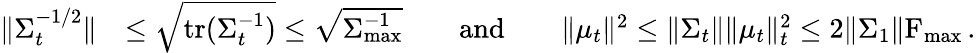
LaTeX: \begin{array}{rl}{\Vert\Sigma_{t}^{-1/2}\Vert}&{\leq\sqrt{\operatorname{tr}(\Sigma_{t}^{-1})}\leq\sqrt{\Sigma_{\operatorname*{max}}^{-1}}\qquad\mathrm{and}\qquad\Vert\mu_{t}\Vert^{2}\leq\Vert\Sigma_{t}\Vert\Vert\mu_{t}\Vert_{t}^{2}\leq 2\Vert\Sigma_{1}\Vert\textrm{F}_{\operatorname*{max}}\, .}\end{array}